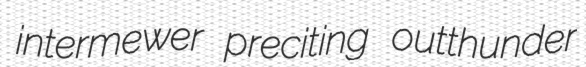
intermewer preciting outthunder